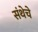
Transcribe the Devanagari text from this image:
संथेचे